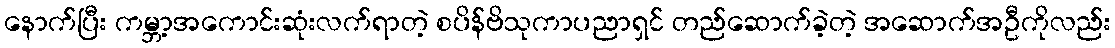
နောက်ပြီး ကမ္ဘာ့အကောင်းဆုံးလက်ရာတဲ့ စပိန်ဗိသုကာပညာရှင် တည်ဆောက်ခဲ့တဲ့ အဆောက်အဦကိုလည်း